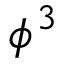
\phi ^ { 3 }